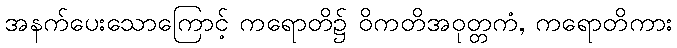
အနက်ပေးသောကြောင့် ကရောတိ၌ ဝိကတိအဝုတ္တကံ, ကရောတိကား